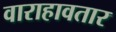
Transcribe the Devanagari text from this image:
वाराहावतार